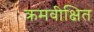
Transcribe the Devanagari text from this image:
क्रमवीक्षित